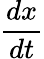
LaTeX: \frac{dx}{dt}